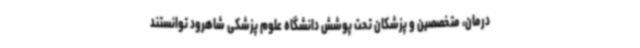
درمان، متخصصین و پزشکان تحت پوشش دانشگاه علوم پزشکی شاهرود توانستند